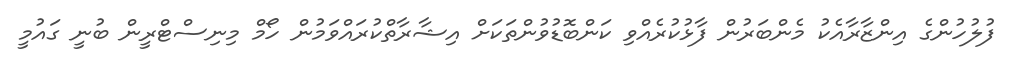
ފުލުހުންގެ އިންޒާރާއެކު މެންބަރުން ފާޅުކުރެއްވި ކަންބޮޑުވުންތަކަށް އިޝާރާތްކުރައްވަމުން ހޯމް މިނިސްޓްރީން ބުނީ ގައުމީ